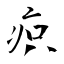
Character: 疻